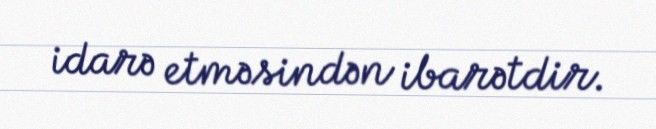
idarə etməsindən ibarətdir.